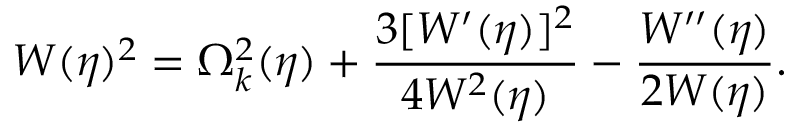
W ( \eta ) ^ { 2 } = \Omega _ { k } ^ { 2 } ( \eta ) + \frac { 3 [ W ^ { \prime } ( \eta ) ] ^ { 2 } } { 4 W ^ { 2 } ( \eta ) } - \frac { W ^ { \prime \prime } ( \eta ) } { 2 W ( \eta ) } .